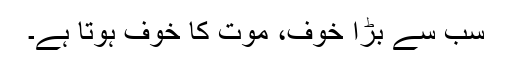
سب سے بڑا خوف، موت کا خوف ہوتا ہے۔